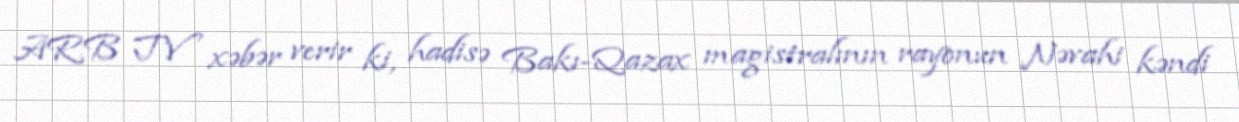
ARB TV xəbər verir ki, hadisə Bakı-Qazax magistralının rayonun Nəvahi kəndi